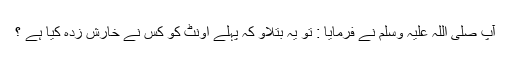
آپ صلی اللہ علیہ وسلم نے فرمایا : تو یہ بتلاو کہ پہلے اونٹ کو کس نے خارش زدہ کیا ہے ؟